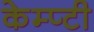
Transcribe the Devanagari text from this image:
केम्प्टी